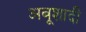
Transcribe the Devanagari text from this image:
अबूशादी